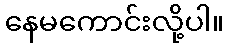
နေမကောင်းလို့ပါ။